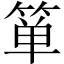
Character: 箪